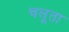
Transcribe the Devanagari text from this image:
चलूता